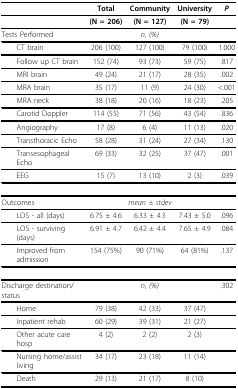
<table><thead><tr><td></td><td></td><td><b>Total</b></td><td><b>Community</b></td><td><b>University</b></td><td><b><i>P</i></b></td></tr></thead><tbody><tr><td></td><td></td><td><b>(N = 206)</b></td><td><b>(N = 127)</b></td><td><b>(N = 79)</b></td><td></td></tr><tr><td colspan="2">Tests Performed</td><td></td><td><i>n, (%)</i></td><td></td><td></td></tr><tr><td colspan="2"> CT brain</td><td>206 (100)</td><td>127 (100)</td><td>79 (100)</td><td>1.000</td></tr><tr><td colspan="2"> Follow up CT brain</td><td>152 (74)</td><td>93 (73)</td><td>59 (75)</td><td>.817</td></tr><tr><td colspan="2"> MRI brain</td><td>49 (24)</td><td>21 (17)</td><td>28 (35)</td><td>.002</td></tr><tr><td colspan="2"> MRA brain</td><td>35 (17)</td><td>11 (9)</td><td>24 (30)</td><td>&lt;.001</td></tr><tr><td colspan="2"> MRA neck</td><td>38 (18)</td><td>20 (16)</td><td>18 (23)</td><td>.205</td></tr><tr><td colspan="2"> Carotid Doppler</td><td>114 (55)</td><td>71 (56)</td><td>43 (54)</td><td>.836</td></tr><tr><td colspan="2"> Angiography</td><td>17 (8)</td><td>6 (4)</td><td>11 (13)</td><td>.020</td></tr><tr><td colspan="2"> Transthoracic Echo</td><td>58 (28)</td><td>31 (24)</td><td>27 (34)</td><td>.130</td></tr><tr><td colspan="2"> Transesophageal Echo</td><td>69 (33)</td><td>32 (25)</td><td>37 (47)</td><td>.001</td></tr><tr><td colspan="2"> EEG</td><td>15 (7)</td><td>13 (10)</td><td>2 (3)</td><td>.039</td></tr><tr><td colspan="2">Outcomes</td><td></td><td><i>mean ± stdev</i></td><td></td><td></td></tr><tr><td colspan="2"> LOS - all (days)</td><td>6.75 ± 4.6</td><td>6.33 ± 4.3</td><td>7.43 ± 5.0</td><td>.096</td></tr><tr><td colspan="2"> LOS - surviving (days)</td><td>6.91 ± 4.7</td><td>6.42 ± 4.4</td><td>7.65 ± 4.9</td><td>.084</td></tr><tr><td colspan="2"> Improved from admission</td><td>154 (75%)</td><td>90 (71%)</td><td>64 (81%)</td><td>.137</td></tr><tr><td colspan="2">Discharge destination/status</td><td></td><td><i>n, (%)</i></td><td></td><td>.302</td></tr><tr><td colspan="2"> Home</td><td>79 (38)</td><td>42 (33)</td><td>37 (47)</td><td></td></tr><tr><td colspan="2"> Inpatient rehab</td><td>60 (29)</td><td>39 (31)</td><td>21 (27)</td><td></td></tr><tr><td colspan="2"> Other acute care hosp</td><td>4 (2)</td><td>2 (2)</td><td>2 (3)</td><td></td></tr><tr><td colspan="2"> Nursing home/assist living</td><td>34 (17)</td><td>23 (18)</td><td>11 (14)</td><td></td></tr><tr><td colspan="2"> Death</td><td>29 (13)</td><td>21 (17)</td><td>8 (10)</td><td></td></tr></tbody></table>